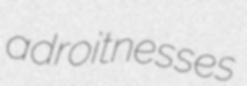
adroitnesses